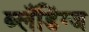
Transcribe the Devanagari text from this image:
ब्लँडिंग्ज